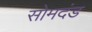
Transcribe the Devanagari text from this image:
सोमदंड